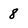
Character: 8